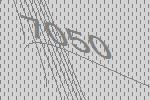
7050